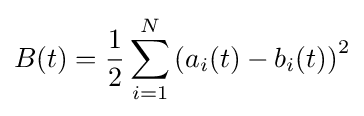
B(t)={\frac {1}{2}}\sum _{i=1}^{N}\left(a_{i}(t)-b_{i}(t)\right)^{2}